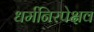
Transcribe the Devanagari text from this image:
धर्मनिरपेक्षव